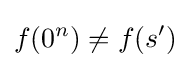
f(0^{n})\neq f(s')